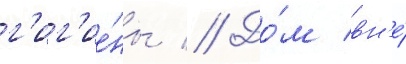
г'иг'ие́ны // До́м вн'е́